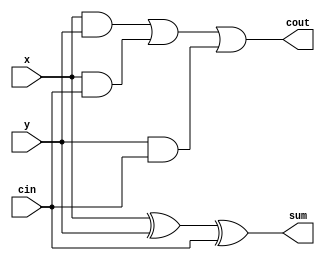
module cjb_fa_struc_v (cin, x, y, sum, cout);

input   cin, x, y;
output  sum, cout;
wire    z1, z2, z3;

  // structural block
  xor (sum, x, y, cin);
  and (z1, x, y);
  and (z2, x, cin);
  and (z3, y, cin);
  or  (cout, z1, z2, z3);

endmodule